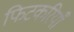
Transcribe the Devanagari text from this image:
फिटकरियाँ